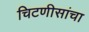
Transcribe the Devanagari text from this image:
चिटणीसांचा